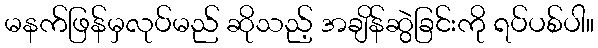
မနက်ဖြန်မှလုပ်မည် ဆိုသည့် အချိန်ဆွဲခြင်းကို ရပ်ပစ်ပါ။